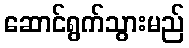
ဆောင်ရွက်သွားမည်